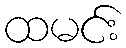
ထမင်း